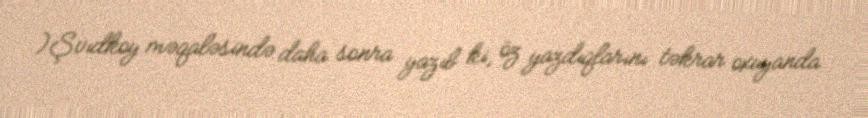
)Şvıdkoy məqaləsində daha sonra yazıb ki, öz yazdıqlarını təkrar oxuyanda